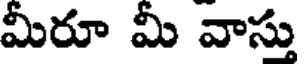
మీరూ మీ వాస్తు